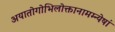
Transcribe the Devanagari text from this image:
अयातोगोभिलोक्तानामम्न्येषां